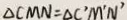
\Delta C M N = \Delta C ^ { \prime } M ^ { \prime } N ^ { \prime }